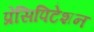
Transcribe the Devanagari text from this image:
प्रेसिपिटेशन